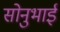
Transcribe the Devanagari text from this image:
सोनुभाई